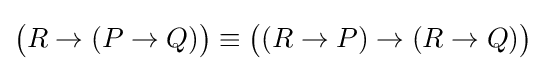
{\big (}R\to (P\to Q){\big )}\equiv {\big (}(R\to P)\to (R\to Q){\big )}